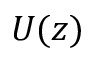
U ( z )